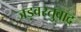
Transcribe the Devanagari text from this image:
जड़वस्तुवाद